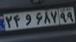
۲۴و۶۸۷۹۹